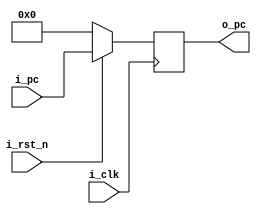
module pc(i_clk, i_rst_n, i_pc, o_pc);

input               i_clk, i_rst_n;
input       [31:0]  i_pc;
output  reg [31:0]  o_pc;


    always@(posedge i_clk) begin
        if(!i_rst_n)
            o_pc <= 0;
        else
            o_pc <= i_pc;
    end

endmodule